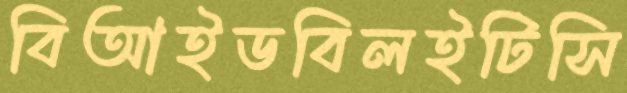
বিআইডবিলইটিসি